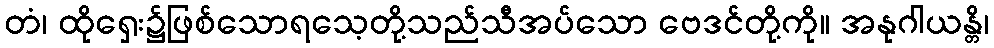
တံ၊ ထိုရှေး၌ဖြစ်သောရသေ့တို့သည်သီအပ်သော ဗေဒင်တို့ကို။ အနုဂါယန္တိ၊